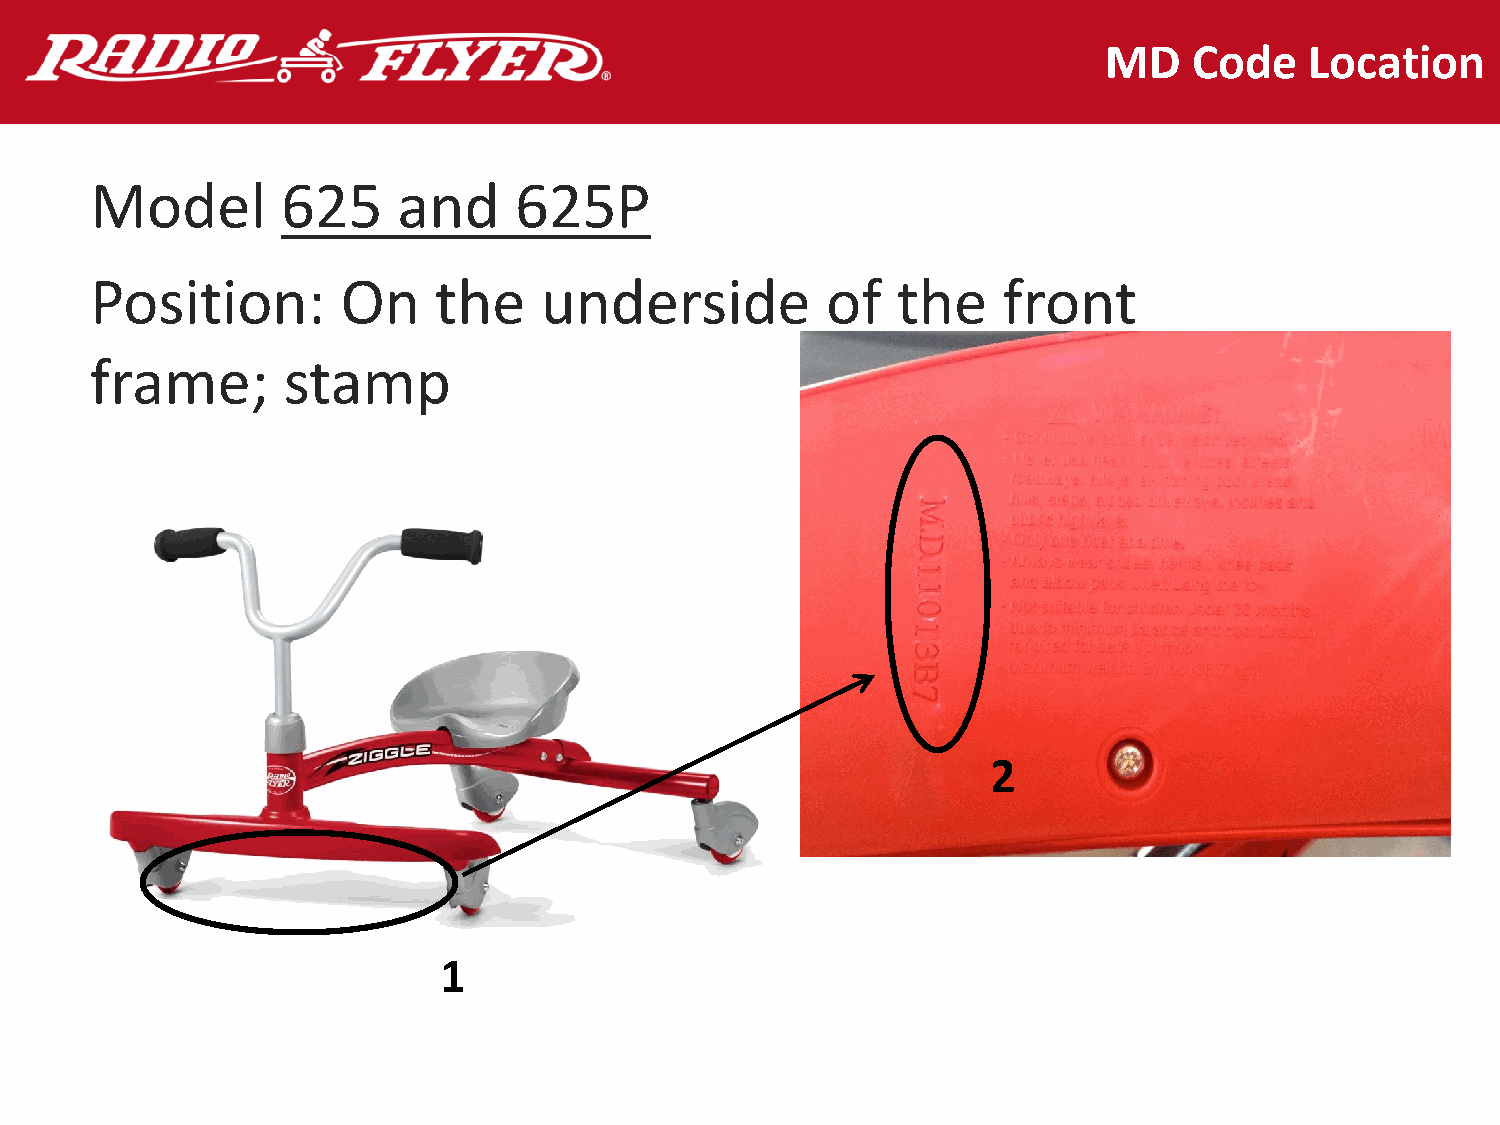
MD    Code    Location
 Model        625    and     625P
 Position:        On    the    underside          of  the    front
 frame;       stamp
 2
 1